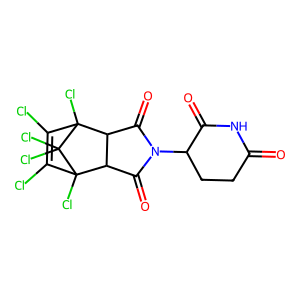
SMILES: O=C1CCC(N2C(=O)C3C(C2=O)C2(Cl)C(Cl)=C(Cl)C3(Cl)C2(Cl)Cl)C(=O)N1
Inhibits HIV replication: No